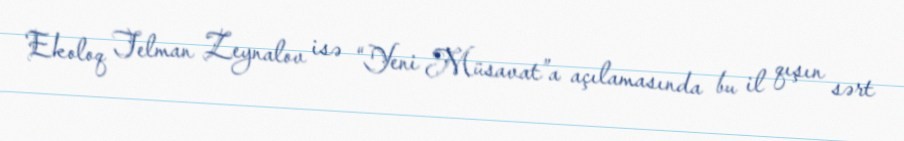
Ekoloq Telman Zeynalov isə “Yeni Müsavat”a açılamasında bu il qışın sərt